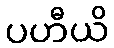
ပဟီယိ